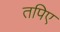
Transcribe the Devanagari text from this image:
तपिए